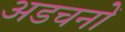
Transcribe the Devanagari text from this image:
अडचनों